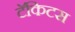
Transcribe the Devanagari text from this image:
टॅकिटस